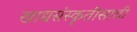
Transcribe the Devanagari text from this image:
खाद्यसंस्कृतीसाठी